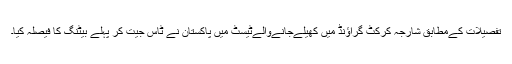
تفصیلات کےمطابق شارجہ کرکٹ گراؤنٖڈ میں کھیلےجانےوالےٹیسٹ میں پاکستان نے ٹاس جیت کر پہلے بیٹنگ کا فیصلہ کیا۔